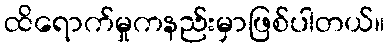
ထိရောက်မှုကနည်းမှာဖြစ်ပါတယ်။